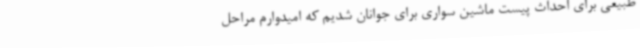
طبیعی برای احداث پیست ماشین سواری برای جوانان شدیم که امیدوارم مراحل